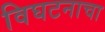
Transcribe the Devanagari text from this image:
विघटनाचा